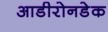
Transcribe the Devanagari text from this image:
आडीरोनडेक